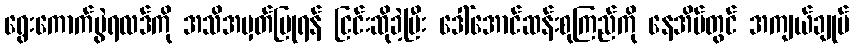
ရွေးကောက်ပွဲရလဒ်ကို အသိအမှတ်ပြုရန် ငြင်းဆိုခဲ့ပြီး ဒေါ်အောင်ဆန်းစုကြည်ကို နေအိမ်တွင် အကျယ်ချုပ်